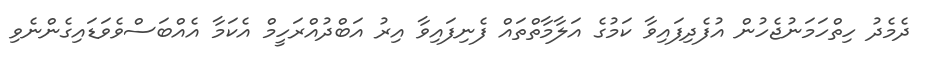
ދެމެދު ހިތްހަމަނުޖެހުން އުފެދިފައިވާ ކަމުގެ އަލާމާތްތައް ފެނިފައިވާ އިރު އަބްދުއްރަހީމް އެކަމާ އެއްބަސްވެވަޑައިގެންނެވި